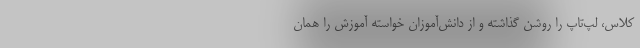
کلاس، لپ‌تاپ را روشن گذاشته و از دانش‌آموزان خواسته آموزش را همان